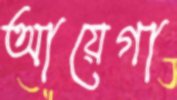
আয়েগা